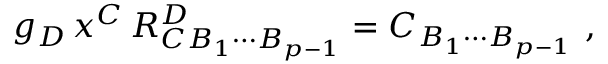
g _ { D } \, x ^ { C } \, R _ { C B _ { 1 } \cdots B _ { p - 1 } } ^ { D } = C _ { B _ { 1 } \cdots B _ { p - 1 } } \ ,